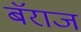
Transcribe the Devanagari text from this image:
बॅराज